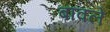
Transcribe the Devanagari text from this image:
बावले